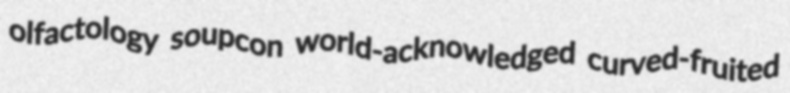
olfactology soupcon world-acknowledged curved-fruited